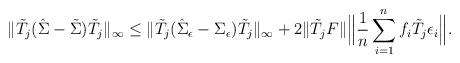
LaTeX: \begin{align*}\|\tilde T_j(\hat\Sigma-\tilde{\Sigma}) \tilde T_j\|_{\infty}\leq \|\tilde T_j(\hat{\Sigma}_\epsilon-\Sigma_\epsilon)\tilde T_j\|_{\infty}+2\|\tilde T_j F\|\Big\|\frac{1}{n}\sum_{i=1}^nf_i\tilde T_j\epsilon_i\Big\|.\end{align*}